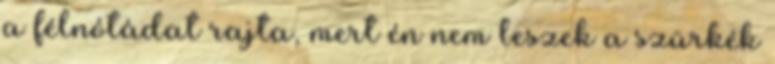
a félnótádat rajta, mert én nem leszek a szürkék